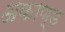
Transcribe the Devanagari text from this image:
अकाण्ड